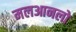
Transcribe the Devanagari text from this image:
मलआनलो